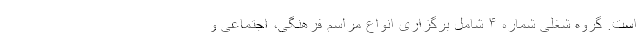
است. گروه شغلی شماره ۴ شامل برگزاری انواع مراسم فرهنگی، اجتماعی و